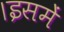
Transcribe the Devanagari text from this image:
।इसमें